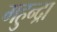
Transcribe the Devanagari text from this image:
महुन्द्रा